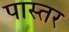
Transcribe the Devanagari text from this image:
पास्तर